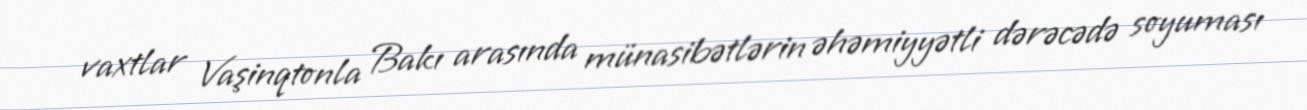
vaxtlar Vaşinqtonla Bakı arasında münasibətlərin əhəmiyyətli dərəcədə soyuması